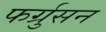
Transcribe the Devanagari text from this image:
फर्ग्रुसन